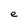
Character: e